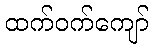
ထက်ဝက်ကျော်